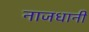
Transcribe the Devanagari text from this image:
नाजधानी